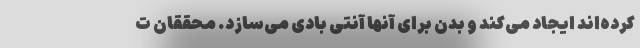
کرده‌اند ایجاد می‌کند و بدن برای آنها آنتی بادی می‌سازد. محققان ت